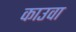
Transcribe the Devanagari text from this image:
काउवा